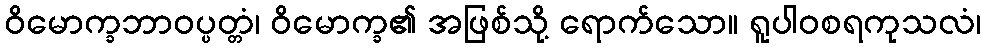
ဝိမောက္ခဘာဝပ္ပတ္တံ၊ ဝိမောက္ခ၏ အဖြစ်သို့ ရောက်သော။ ရူပါဝစရကုသလံ၊